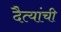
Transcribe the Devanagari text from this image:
दैत्यांची